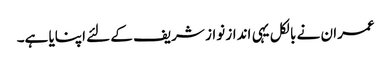
عمران نے بالکل یہی انداز نواز شریف کے لئے اپنایا ہے۔